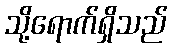
သို့ရောက်ရှိသည်